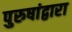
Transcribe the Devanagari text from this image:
पुरुषांद्वारा